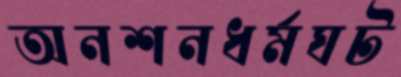
অনশনধর্মঘট